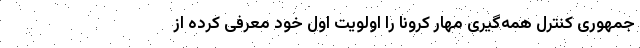
جمهوری کنترل همه‌گیری مهار کرونا را اولویت اول خود معرفی کرده از